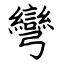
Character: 彎